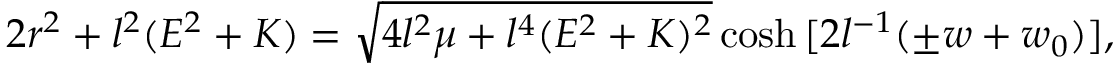
2 r ^ { 2 } + l ^ { 2 } ( E ^ { 2 } + K ) = \sqrt { 4 l ^ { 2 } \mu + l ^ { 4 } ( E ^ { 2 } + K ) ^ { 2 } } \cosh { [ 2 l ^ { - 1 } ( \pm w + w _ { 0 } ) ] } ,